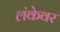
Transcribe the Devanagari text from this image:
लंकेवर